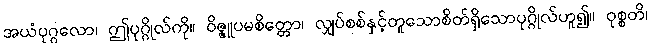
အယံပုဂ္ဂလော၊ ဤပုဂ္ဂိုလ်ကို။ ဝိဇ္ဇူပမစိတ္တော၊ လျှပ်စစ်နှင့်တူသောစိတ်ရှိသောပုဂ္ဂိုလ်ဟူ၍။ ဝုစ္စတိ၊